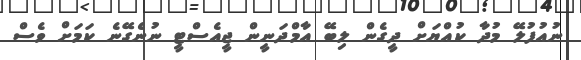
ނުއުފުލޭ މުދާ ކުއްޔަށް ދީގެން ލިބޭ އާމްދަނީން ޖީއެސްޓީ ނުނެގޭނެ ކަމަށް ވެސް